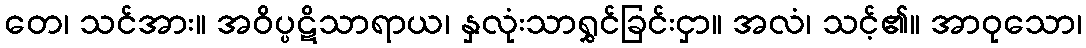
တေ၊ သင်အား။ အဝိပ္ပဋိသာရာယ၊ နှလုံးသာရွှင်ခြင်းငှာ။ အလံ၊ သင့်၏။ အာဝုသော၊